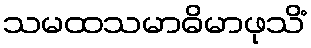
သမထသမာဓိမာဖုသိံ